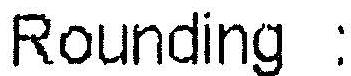
ROUNDING :